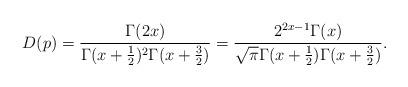
LaTeX: \begin{align*}D(p) = \frac{\Gamma(2x)}{\Gamma(x+\frac12)^2\Gamma(x+\frac32)} = \frac{2^{2x-1}\Gamma(x)}{\sqrt{\pi}\Gamma(x+\frac{1}{2})\Gamma(x+\frac{3}{2})}.\end{align*}